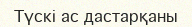
Түскі ас дастарқаны